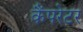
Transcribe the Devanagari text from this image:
कैंपरेटर